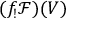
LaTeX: ( f _ { ! } { \mathcal { F } } ) ( V )